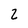
Character: 2